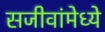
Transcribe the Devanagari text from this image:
सजीवांमेध्ये